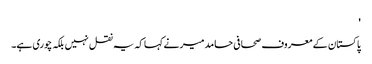
'
پاکستان کے معروف صحافی حامد میر نے کہا کہ یہ نقل نہیں بلکہ چوری ہے۔